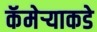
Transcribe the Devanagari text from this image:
कॅमेर्‍याकडे